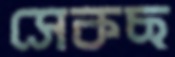
সেকছ